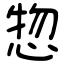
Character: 惣